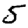
Digit: 5